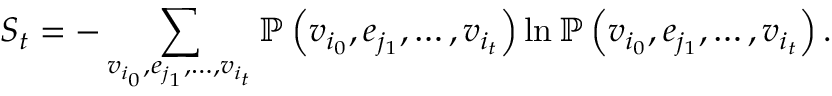
S _ { t } = - \sum _ { v _ { i _ { 0 } } , e _ { j _ { 1 } } , \dots , v _ { i _ { t } } } \mathbb { P } \left( v _ { i _ { 0 } } , e _ { j _ { 1 } } , \dots , v _ { i _ { t } } \right) \ln \mathbb { P } \left( v _ { i _ { 0 } } , e _ { j _ { 1 } } , \dots , v _ { i _ { t } } \right) .